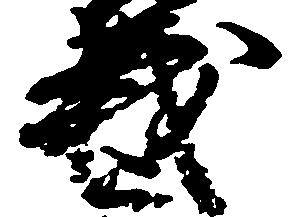
義